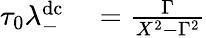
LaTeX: \begin{array}{rl}{\tau_{0}\lambda_{-}^{\mathrm{dc}}}&{{}=\frac{\Gamma}{X^{2}-\Gamma^{2}}}\end{array}